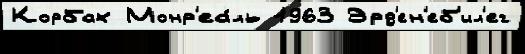
Корбах Монр'еа́ль 1963 Эрд'ен'еб'ил'ег